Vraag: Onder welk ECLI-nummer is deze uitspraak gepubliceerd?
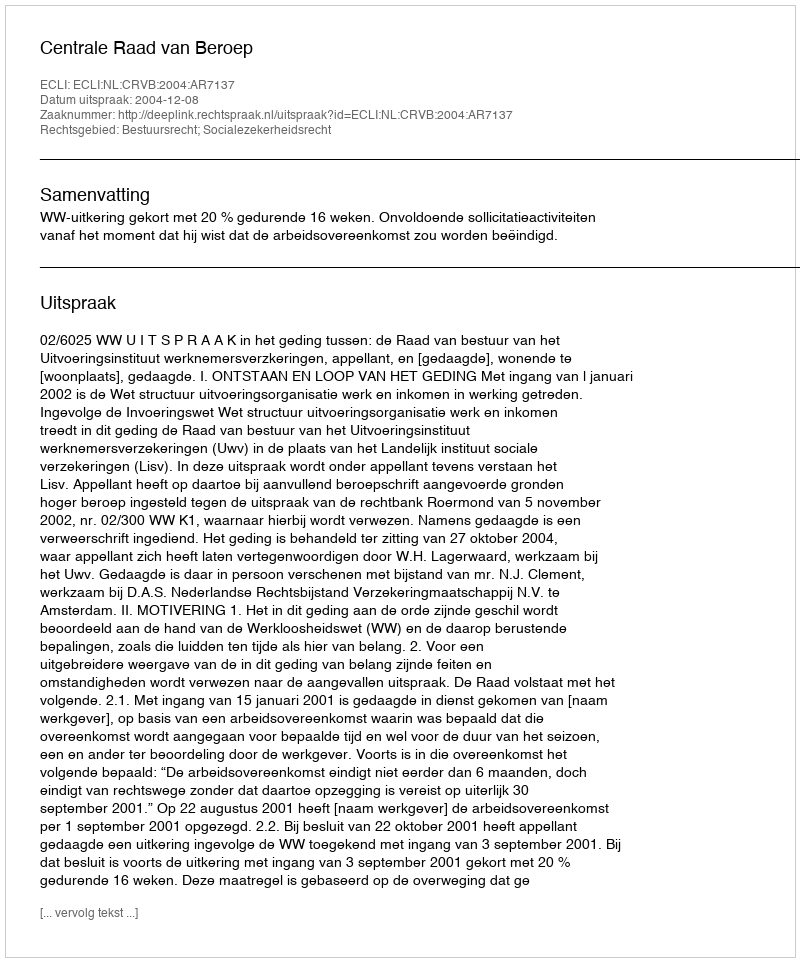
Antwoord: ECLI:NL:CRVB:2004:AR7137